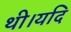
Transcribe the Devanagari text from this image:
थी।यदि